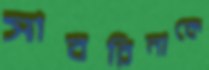
সাবরিনাকে